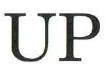
UP